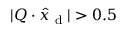
| Q \cdot \hat { x } _ { \textrm { d } } | > 0 . 5